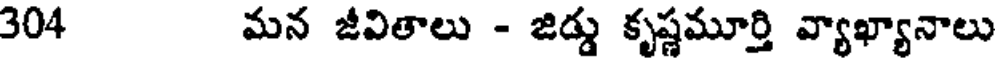
304 మన జీవితాలు - జిడ్డు కృష్ణమూర్తి వ్యాఖ్యానాలు